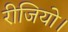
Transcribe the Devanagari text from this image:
रीजियो।